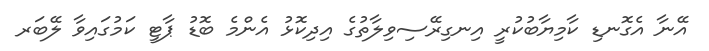
އޭނާ އެގޮނޑި ކާމިޔާބުކުރީ އިނގިރޭސިވިލާތުގެ އިދިކޮޅު އެންމެ ބޮޑު ޕާޓީ ކަމުގައިވާ ލޭބަރ